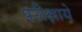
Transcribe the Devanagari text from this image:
परीक्षाये